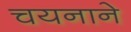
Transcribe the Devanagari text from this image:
चयनाने